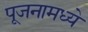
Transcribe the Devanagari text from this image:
पूजनामध्ये